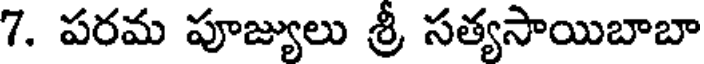
7. పరమ పూజ్యులు శ్రీ సత్యసాయిబాబా